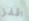
اقفز